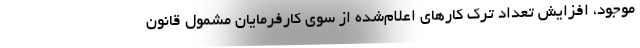
موجود، افزایش تعداد ترک کارهای اعلام‌شده از سوی کارفرمایان مشمول قانون